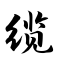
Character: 缆